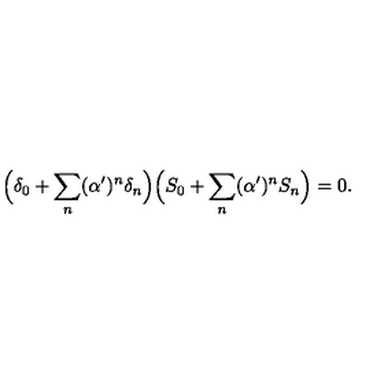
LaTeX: \Big ( \delta _ { 0 } + \sum _ { n } ( \alpha ^ { \prime } ) ^ { n } \delta _ { n } \Big ) \Big ( S _ { 0 } + \sum _ { n } ( \alpha ^ { \prime } ) ^ { n } S _ { n } \Big ) = 0 .